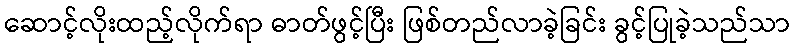
ဆောင့်လိုးထည့်လိုက်ရာ ဓာတ်ဖွင့်ပြီး ဖြစ်တည်လာခဲ့ခြင်း ခွင့်ပြုခဲ့သည်သာ